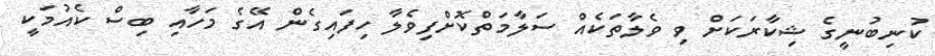
ކުނިބުނީގެ ޝިކާރަކަށް ވި ވެލާތަކެއް ސަލާމަތްކޮށްފިވެލާ ހިފައިގެން އޭގެ މަހާއި ބިސް ކެއުމަކީ